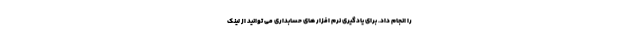
را انجام داد. برای یادگیری نرم افزار های حسابداری می توانید از لینک